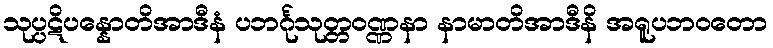
သုပ္ပဋိပန္နောတိအာဒီနံ ပဘင်္ဂုသုတ္တဝဏ္ဏနာ နာမာတိအာဒီနိ အရူပဘဝတော